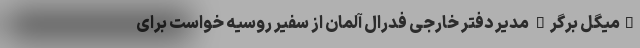
"میگل برگر" مدیر دفتر خارجی فدرال آلمان از سفیر روسیه خواست برای